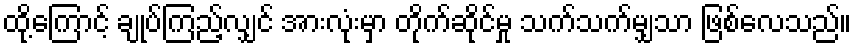
ထို့ကြောင့် ချုပ်ကြည့်လျှင် အားလုံးမှာ တိုက်ဆိုင်မှု သက်သက်မျှသာ ဖြစ်လေသည်။